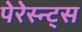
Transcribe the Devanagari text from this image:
पेरेस्न्ट्स